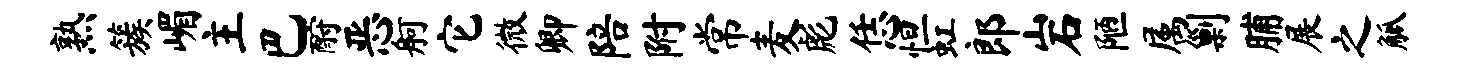
熟簇嵋主巴酹恶舸它微卿陪附常麦彪恁怛虹郎岩陋属剿脯展之觚